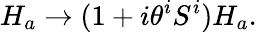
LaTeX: H_{a}\to(1+i\theta^{i}S^{i})H_{a}.